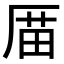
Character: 𠪄